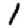
Digit: 1